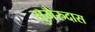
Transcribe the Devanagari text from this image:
सुमेरुदास